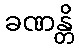
ခဏန္တိ